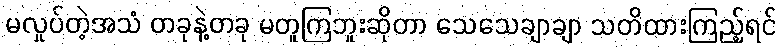
မလှုပ်တဲ့အသံ တခုနဲ့တခု မတူကြဘူးဆိုတာ သေသေချာချာ သတိထားကြည့်ရင်